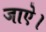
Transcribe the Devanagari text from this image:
जाऐ।